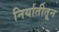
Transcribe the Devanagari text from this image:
निर्यातीतून